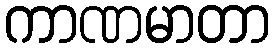
ကာဏမာတာ